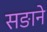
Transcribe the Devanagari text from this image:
सङाने